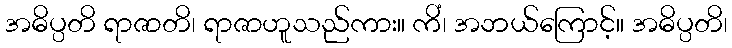
အဓိပ္ပတိ ရာဇာတိ၊ ရာဇာဟူသည်ကား။ ကိံ၊ အဘယ်ကြောင့်။ အဓိပ္ပတိ၊